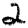
Digit: 2